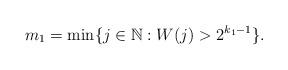
LaTeX: \begin{align*}m_1 = \min \{j \in \mathbb{N} : W(j) > 2^{k_1-1}\}.\end{align*}